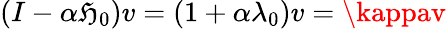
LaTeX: (I-\alpha\mathfrak{H}_{0})v=(1+\alpha\lambda_{0})v=\kappav